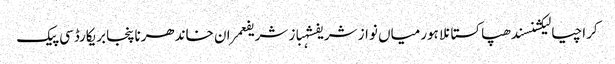
کراچیالیکشنسندھپاکستانلاہورمیاں نواز شریفشہباز شریفعمران خاندھرناپنجابریکارڈسی پیک